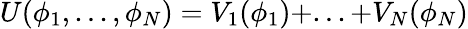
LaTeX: U(\phi_{1},...,\phi_{N})=V_{1}(\phi_{1})+...+V_{N}(\phi_{N})